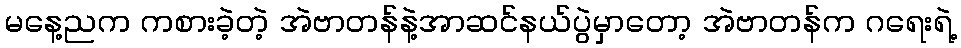
မနေ့ညက ကစားခဲ့တဲ့ အဲဗာတန်နဲ့အာဆင်နယ်ပွဲမှာတော့ အဲဗာတန်က ဂရေးရဲ့